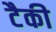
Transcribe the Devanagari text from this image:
टैकी